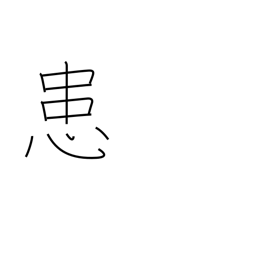
Meaning: afflicted